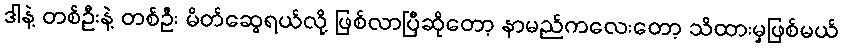
ဒါနဲ့ တစ်ဦးနဲ့ တစ်ဦး မိတ်ဆွေရယ်လို့ ဖြစ်လာပြီဆိုတော့ နာမည်ကလေးတော့ သိထားမှဖြစ်မယ်